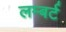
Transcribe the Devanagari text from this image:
लम्बर्ट